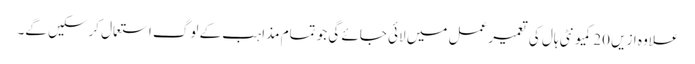
علاوہ ازیں 20کمیونٹی ہال کی تعمیر عمل میں لائی جائے گی جو تمام مذاہب کے لوگ استعمال کرسکیں گے۔